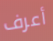
أعرف